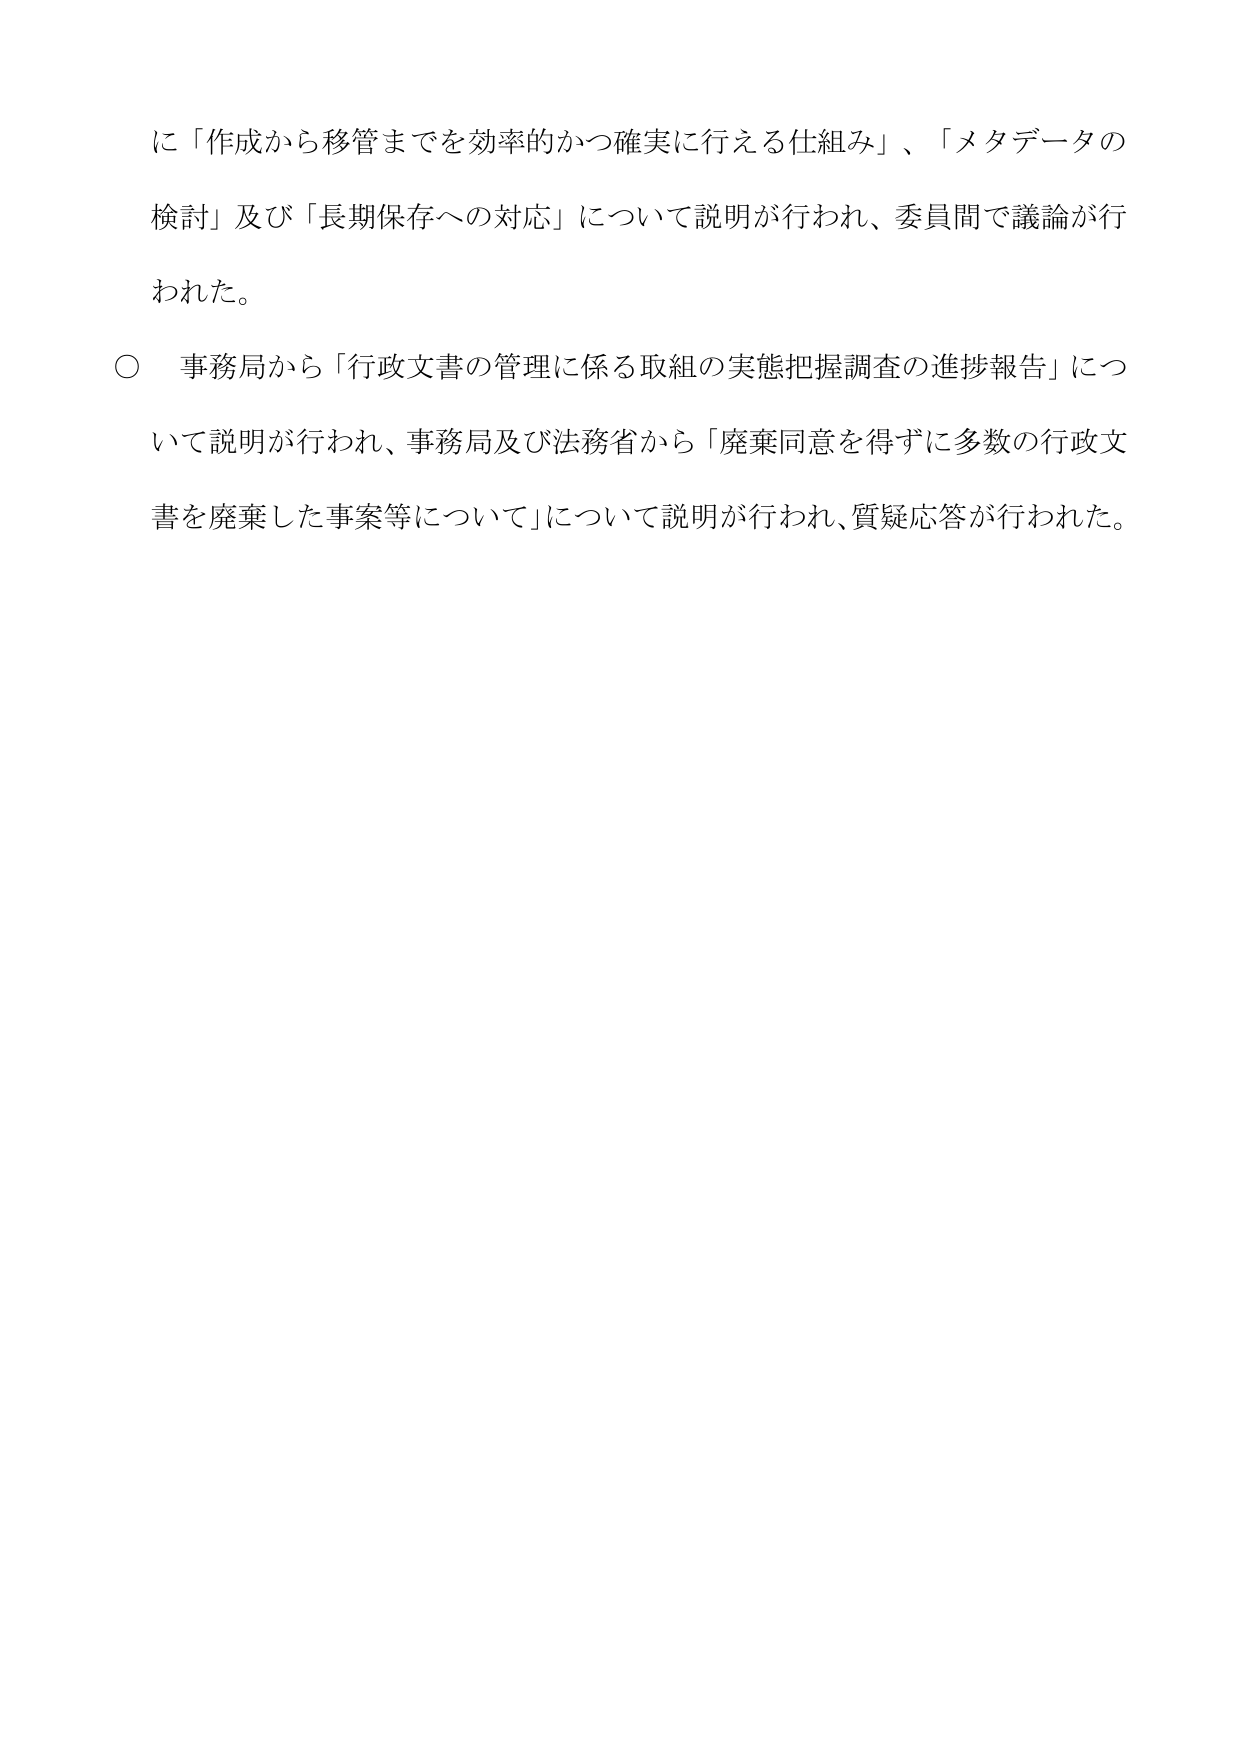
に「作成から移管までを効率的かつ確実に行える仕組み」、「メタデータの
検討」及び「長期保存への対応」について説明が行われ、委員間で議論が行
われた。
○ 事務局から「行政文書の管理に係る取組の実態把握調査の進捗報告」につ
いて説明が行われ、事務局及び法務省から「廃棄同意を得ずに多数の行政文
書を廃棄した事案等について」について説明が行われ、質疑応答が行われた。